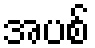
အပစ်